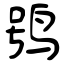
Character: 鸮